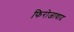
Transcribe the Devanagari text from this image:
फिरोजावाद